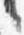
言